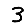
Digit: 3